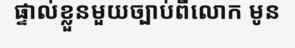
ផ្ទាល់ខ្លួនមួយច្បាប់ពីលោក មូន